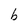
Character: b